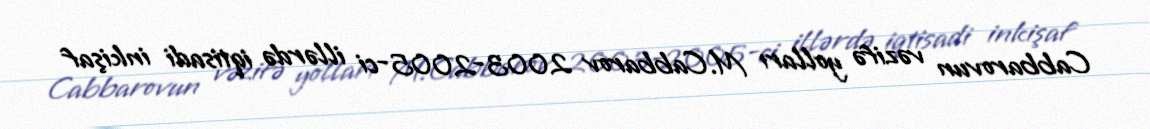
Cabbarovun vəzifə yolları M.Cabbarov 2003-2005-ci illərdə iqtisadi inkişaf